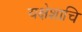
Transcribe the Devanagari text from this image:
यक्षेशाचि